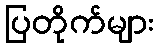
ပြတိုက်များ